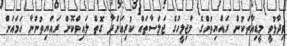
ވިދާޅުވީ މީޑިއާތަކުން ރައްޔިތުންގެ މަޖިލީހުގެ ޖަލްސާތައް ކުރިއަށްދާ ގޮތް ލައިވްކޮށް ރައްޔިތުންނާ ހަމައަށް